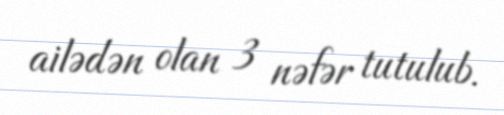
ailədən olan 3 nəfər tutulub.